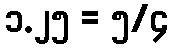
၁.၂၅ = ၅/၄